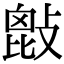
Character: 𢾱